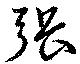
張